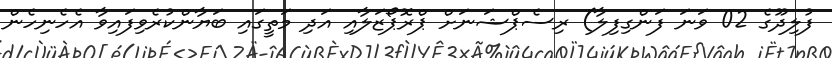
ފުލިދޫގެ 02 ވަނަ ފަންގިފިލާ) ރިސެޕްޝަނަށް ޕްރޮޕޯޒަލާއި އަދި މަތީގައި ބަޔާންކުރެވިފައިވާ އެހެނިހެން